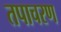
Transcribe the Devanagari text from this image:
तपाचरण